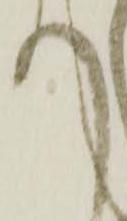
へ